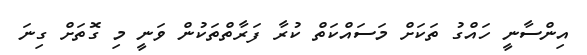
އިންސާނީ ހައްގު ތަކަށް މަސައްކަތް ކުރާ ފަރާތްތަކުން ވަނީ މި ގޮތަށް ގިނަ